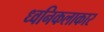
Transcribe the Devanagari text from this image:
ध्वनिकलाकार